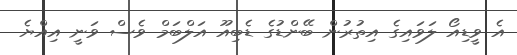
އެ ވީޑިއޯ ލަވައިގެ އިތުރުން ބޭންޑުގެ ޑެބިއޫ އަލްބަމް ވެސް ވަނީ އިއްޔެ